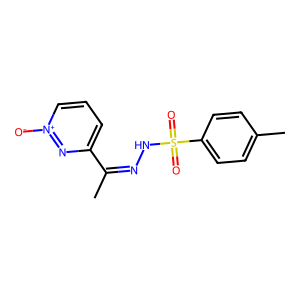
SMILES: CC(=NNS(=O)(=O)c1ccc(C)cc1)c1ccc[n+]([O-])n1
Inhibits HIV replication: No